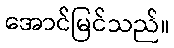
အောင်မြင်သည်။